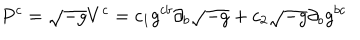
LaTeX: P ^ { c } = \sqrt { - g } V ^ { c } = c _ { 1 } g ^ { c b } \partial _ { b } \sqrt { - g } + c _ { 2 } \sqrt { - g } \partial _ { b } g ^ { b c }